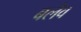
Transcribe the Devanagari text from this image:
बलेव